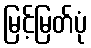
မြင့်မြတ်ပုံ